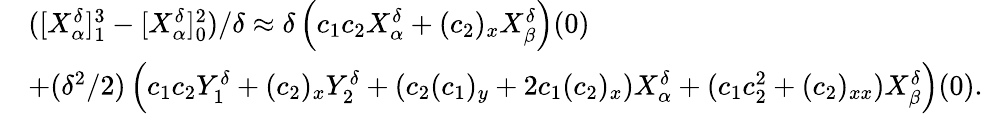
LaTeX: \begin{array}{rl}&{([X_{\alpha}^{\delta}]_{1}^{3}-[X_{\alpha}^{\delta}]_{0}^{2})/\delta\approx\delta\left(c_{1}c_{2}X_{\alpha}^{\delta}+(c_{2})_{x}X_{\beta}^{\delta}\right)(0)}\\ &{+(\delta^{2}/2)\left(c_{1}c_{2}Y_{1}^{\delta}+(c_{2})_{x}Y_{2}^{\delta}+(c_{2}(c_{1})_{y}+2c_{1}(c_{2})_{x})X_{\alpha}^{\delta}+(c_{1}c_{2}^{2}+(c_{2})_{xx})X_{\beta}^{\delta}\right)(0).}\end{array}